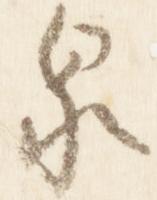
泉